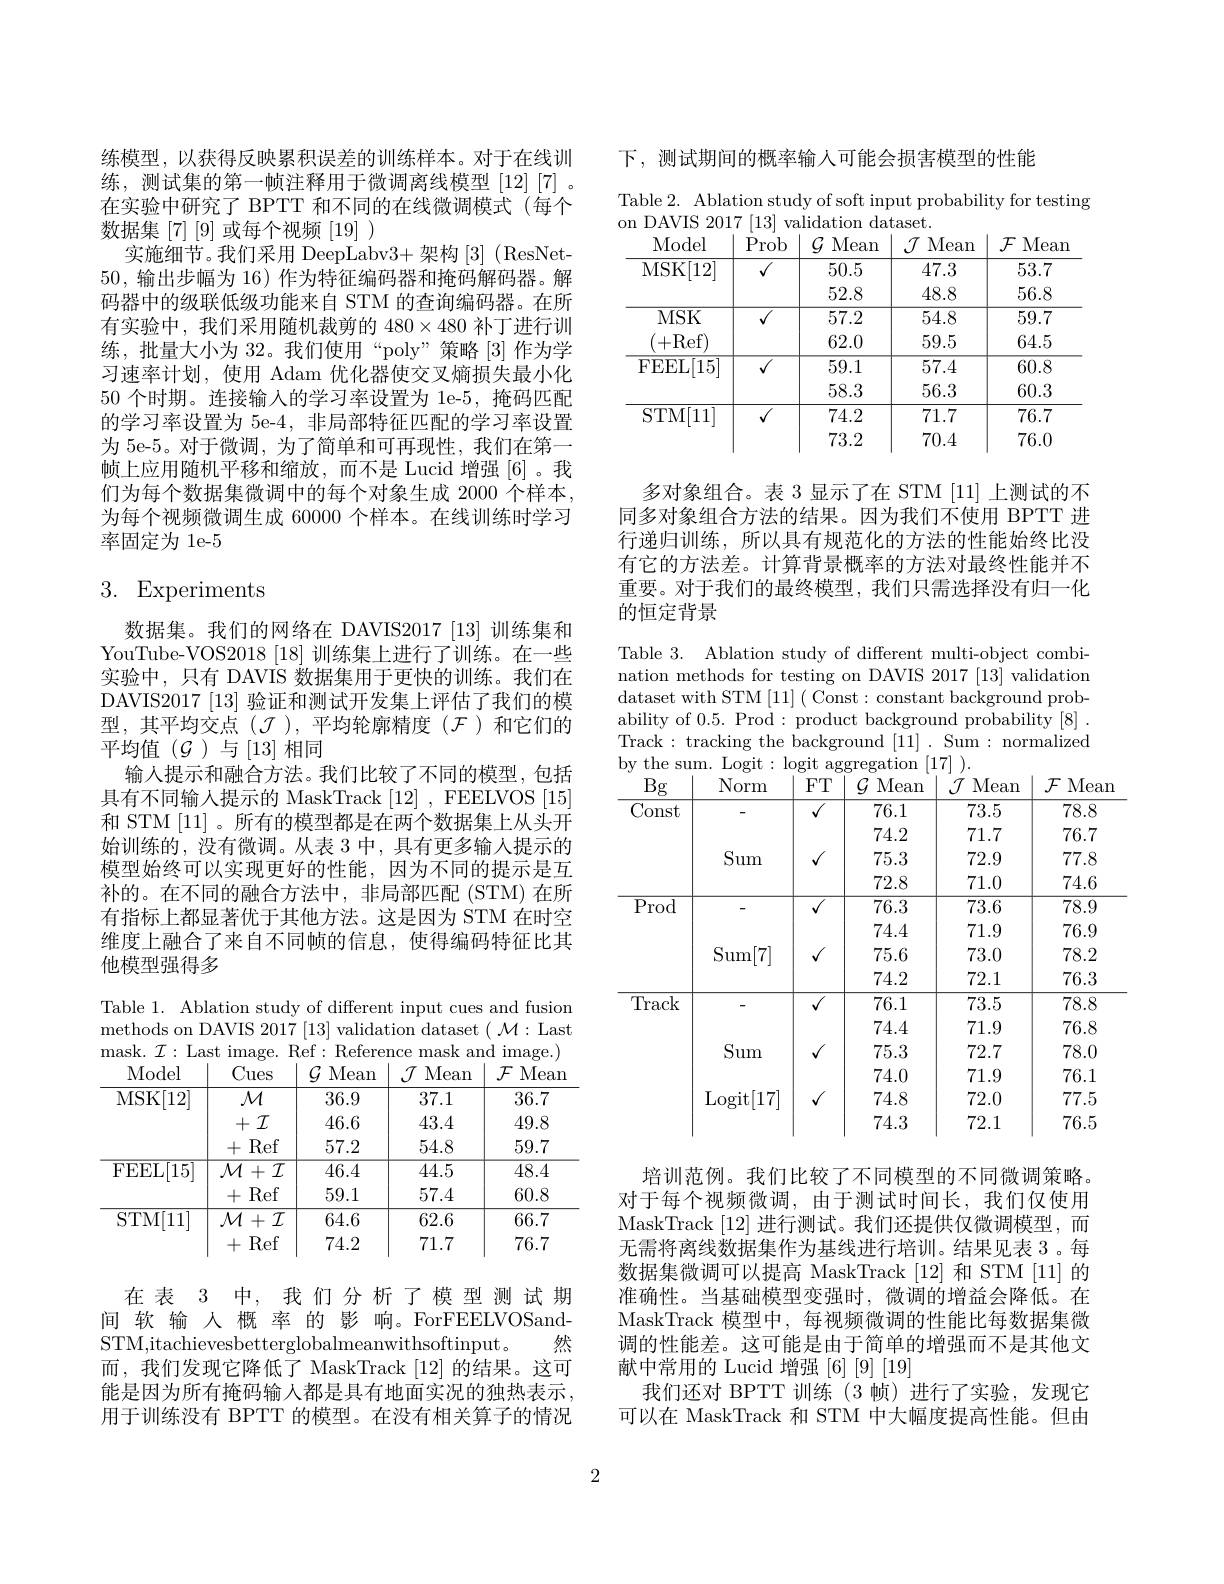
练模型，以获得反映累积误差的训练样本。对于在线训练，测试集的第一帧注释用于微调离线模型[12][7]。在实验中研究了 BPTT 和不同的在线微调模式(每个数据集[7][9]或每个视频[19])
实施细节。我们采用 DeepLabv3+ 架构 [3] (ResNet- 50,输出步幅为 16) 作为特征编码器和掩码解码器。解码器中的级联低级功能来自 STM 的查询编码器。在所有实验中，我们采用随机裁剪的$480\times480$补丁进行训练，批量大小为 32。我们使用“poly”策略[3]作为学习速率计划，使用 Adam 优化器使交叉熵损失最小化50 个时期。连接输入的学习率设置为 1e-5,掩码匹配的学习率设置为 5e-4, 非局部特征匹配的学习率设置为 5e-5。对于微调，为了简单和可再现性，我们在第一帧上应用随机平移和缩放，而不是 Lucid 增强[6]。我们为每个数据集微调中的每个对象生成 2000 个样本， 为每个视频微调生成 60000 个样本。在线训练时学习率固定为 1e-5

# 3. Experiments

数据集。我们的网络在 DAVIS2017 [13] 训练集和YouTube-VOS2018 [18] 训练集上进行了训练。在一些实验中，只有 DAVIS 数据集用于更快的训练。我们在DAVIS2017 [13] 验证和测试开发集上评估了我们的模型，其平均交点($\mathcal{J}$ ),平均轮廓精度($\mathcal{F}$)和它们的平均值($\mathcal{G}$)与[13]相同
输人提示和融合方法。我们比较了不同的模型，包括具有不同输入提示的 MaskTrack [12], FEELVOS [15] 和 STM [11]。所有的模型都是在两个数据集上从头开始训练的，没有微调。从表 3 中，具有更多输入提示的模型始终可以实现更好的性能，因为不同的提示是互补的。在不同的融合方法中，非局部匹配(STM)在所有指标上都显著优于其他方法。这是因为 STM 在时空维度上融合了来自不同帧的信息，使得编码特征比其他模型强得多

<table>
	<tbody>
		<tr>
			<th>methods on mask. $\mathcal{I} :$La</th>
			<th>DAVIS 201 image. ast</th>
			<th>[13] $\operatorname{validat}$ 7 Ref: E Referer</th>
			<th>dataset ion mask an nce</th>
			<th>( $\mathcal{M} :$Last $\iota d$ $\operatorname{image.})$</th>
		</tr>
		<tr>
			<td>STM[ 11] </td>
			<td>$\overline{\mathcal{M}+\mathcal{I}}$ Ref 十</td>
			<td>64.6 74.2</td>
			<td>62.6 71.7</td>
			<td>66.7 76.7</td>
		</tr>
	</tbody>
</table>

在表 3 中，我们分析了模型测试期间 软 输 人 概 率 的 影 响。ForFEELVOSand-
然
STM,itachievesbetterglobalmeanwithsoftinput。
而，我们发现它降低了 MaskTrack [12]的结果。这可能是因为所有掩码输人都是具有地面实况的独热表示， 用于训练没有 BPTT 的模型。在没有相关算子的情况

下，测试期间的概率输人可能会损害模型的性能

Table 2. Ablation study of soft input probability for testing
<table>
	<tbody>
		<tr>
			<th>Model</th>
			<th>Prob</th>
			<th>$\mathcal{G}$ Mean</th>
			<th>$\mathcal{J}$ Mean</th>
			<th>$\mathcal{F}$ Mean </th>
		</tr>
		<tr>
			<td>Model MSK[ 12] </td>
			<td>Prob</td>
			<td>$\mathcal{G}$ Mean 50.5 52.8</td>
			<td>$\mathcal{J}$ Mean 47.3 48.8</td>
			<td>$\mathcal{F}$ Mean 53.7 56.8</td>
		</tr>
		<tr>
			<td>$\overline{{\mathrm{FEEL}[15]}}$</td>
			<td>$\overline{{\sqrt{1}}}$</td>
			<td>59.1 58.3</td>
			<td>57.4 56.3</td>
			<td>60.8 60.3</td>
		</tr>
		<tr>
			<td>STM[ 11] </td>
			<td>$\overline{{\sqrt{1}}}$</td>
			<td>74.2 73.2</td>
			<td>71.7 70.4</td>
			<td>76.7 76.0</td>
		</tr>
		<tr>
			<td> </td>
			<td> </td>
			<td>73.2</td>
			<td>70.4</td>
			<td>76.0</td>
		</tr>
	</tbody>
</table>

多对象组合。表 3 显示了在 STM [11] 上测试的不同多对象组合方法的结果。因为我们不使用 BPTT 进行递归训练，所以具有规范化的方法的性能始终比没有它的方法差。计算背景概率的方法对最终性能并不重要。对于我们的最终模型，我们只需选择没有归一化的恒定背景

Table 3. Ablation study of different multi-object combination methods for testing on DAVIS 2017 [13] validation dataset with STM [11] ( Const: constant background probability of 0.5. Prod: product background probability [8]. Track: tracking the background [11]. Sum: normalized by the sum. Logit: logit aggregation

<table>
	<tbody>
		<tr>
			<th>$Bg$</th>
			<th>Norm</th>
			<th>$FT$</th>
			<th>$\mathcal{G}$ Mean</th>
			<th>$\mathcal{J}$ Mean</th>
			<th>$\mathcal{F}$ Mean</th>
		</tr>
		<tr>
			<td rowspan="4">Const</td>
			<td rowspan="3">Sum</td>
			<td>1</td>
			<td>76.1</td>
			<td>73.5</td>
			<td>78.8</td>
		</tr>
		<tr>
			<td> </td>
			<td>74.2</td>
			<td>71.7</td>
			<td>76.7</td>
		</tr>
		<tr>
			<td>1</td>
			<td>75.3</td>
			<td>72.9</td>
			<td>77.8</td>
		</tr>
		<tr>
			<td> </td>
			<td> </td>
			<td>72.8</td>
			<td>71.0</td>
			<td>74.6</td>
		</tr>
		<tr>
			<td rowspan="4">Prod</td>
			<td> </td>
			<td>1</td>
			<td>76.3</td>
			<td>73.6</td>
			<td>78.9</td>
		</tr>
		<tr>
			<td rowspan="3">.[7] Sum</td>
			<td> </td>
			<td>74.4</td>
			<td>71.9</td>
			<td>76.9</td>
		</tr>
		<tr>
			<td>1</td>
			<td>75.6</td>
			<td>73.0</td>
			<td>78.2</td>
		</tr>
		<tr>
			<td> </td>
			<td>74.2</td>
			<td>72.1</td>
			<td>76.3</td>
		</tr>
		<tr>
			<td rowspan="6">Track</td>
			<td> </td>
			<td>$\overline{7}$</td>
			<td>76.1</td>
			<td>73.5</td>
			<td>78.8</td>
		</tr>
		<tr>
			<td> </td>
			<td> </td>
			<td>74.4</td>
			<td>71.9</td>
			<td>76.8</td>
		</tr>
		<tr>
			<td>Sum</td>
			<td>1</td>
			<td>75.3</td>
			<td>72.7</td>
			<td>78.0</td>
		</tr>
		<tr>
			<td> </td>
			<td> </td>
			<td>74.0</td>
			<td>71.9</td>
			<td>76.1</td>
		</tr>
		<tr>
			<td>Logit [17]</td>
			<td>1</td>
			<td>74.8</td>
			<td>72.0</td>
			<td>77.5</td>
		</tr>
		<tr>
			<td> </td>
			<td> </td>
			<td>74.3</td>
			<td>72.1</td>
			<td>76.5</td>
		</tr>
	</tbody>
</table>

培训范例。我们比较了不同模型的不同微调策略。对于每个视频微调，由于测试时间长，我们仅使用MaskTrack [12]进行测试。我们还提供仅微调模型，而无需将离线数据集作为基线进行培训。结果见表 3。每数据集微调可以提高 MaskTrack [12] 和 STM [11] 的准确性。当基础模型变强时，微调的增益会降低。在MaskTrack 模型中，每视频微调的性能比每数据集微调的性能差。这可能是由于简单的增强而不是其他文献中常用的 Lucid 增强 [6][9][19]
我们还对 BPTT 训练 (3 帧)进行了实验，发现它可以在 MaskTrack 和 STM 中大幅度提高性能。但由

2